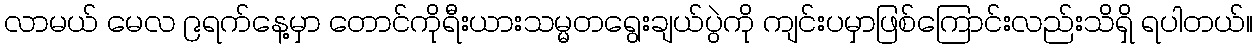
လာမယ် မေလ ၉ရက်နေ့မှာ တောင်ကိုရီးယားသမ္မတရွေးချယ်ပွဲကို ကျင်းပမှာဖြစ်ကြောင်းလည်းသိရှိ ရပါတယ်။